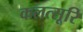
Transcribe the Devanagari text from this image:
कलत्सूरि